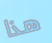
هذا